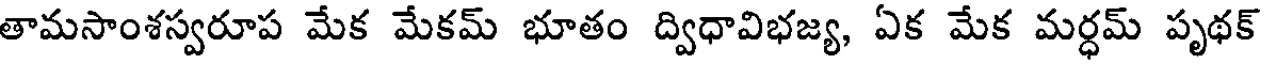
తామసాంశస్వరూప మేక మేకమ్ భూతం ద్విధావిభజ్య, ఏక మేక మర్ధమ్ పృథక్